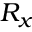
{ \cal R } _ { x }